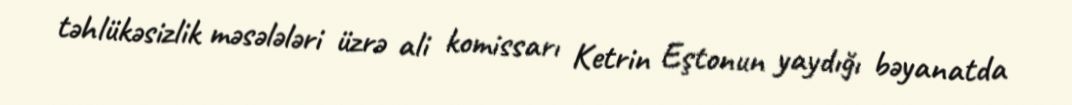
təhlükəsizlik məsələləri üzrə ali komissarı Ketrin Eştonun yaydığı bəyanatda